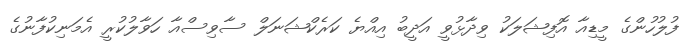
ފުލުހުންގެ މީޑިއާ އޮފިޝަލަކު ވިދާޅުވީ އަދީބު އިއްޔެ ކަރެކްޝަނަލް ސާވިސްއާ ހަވާލުކުރީ އެމަނިކުފާނުގެ